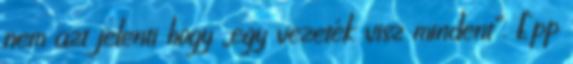
nem azt jelenti hogy „egy vezeték visz mindent”. Épp